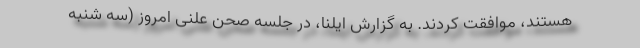
هستند، موافقت کردند. به گزارش ایلنا، در جلسه صحن علنی امروز (سه شنبه